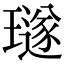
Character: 璲